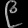
Digit: ၉